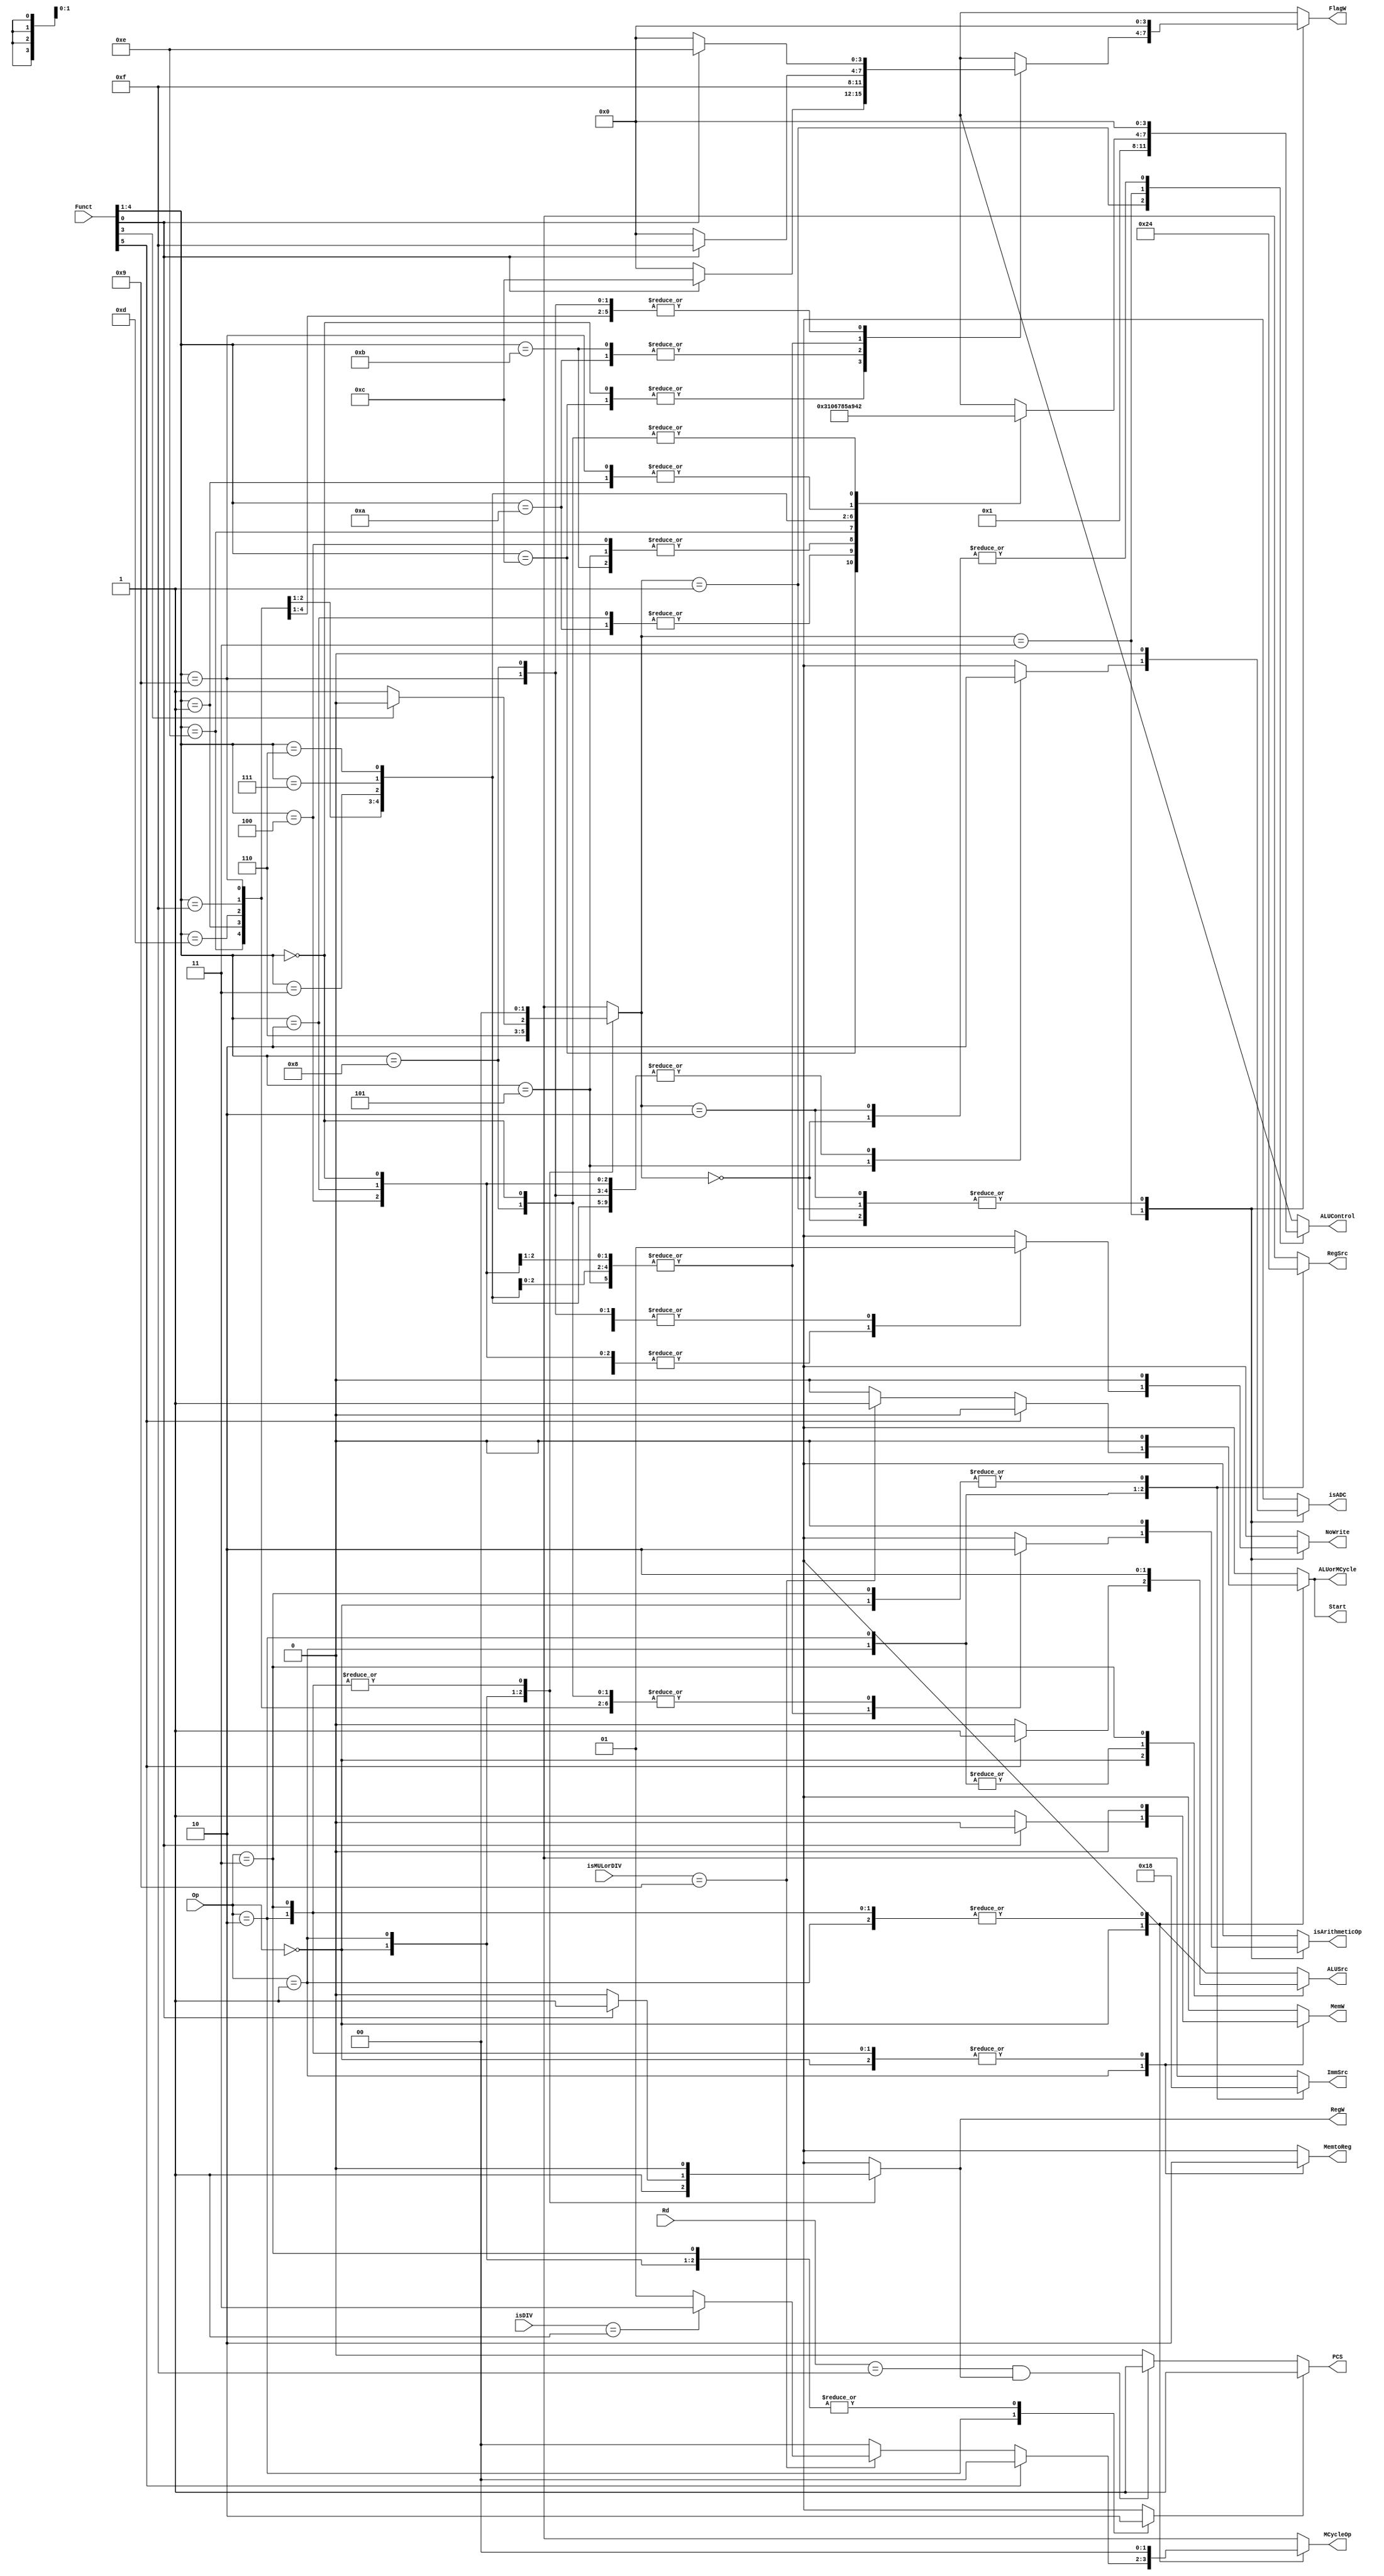
`timescale 1ns / 1ps
/*
----------------------------------------------------------------------------------
-- Company: NUS	
-- Engineer: (c) Shahzor Ahmad and Rajesh Panicker  
-- 
-- Create Date: 09/23/2015 06:49:10 PM
-- Module Name: Decoder
-- Project Name: CG3207 Project
-- Target Devices: Nexys 4 (Artix 7 100T)
-- Tool Versions: Vivado 2015.2
-- Description: Decoder Module
-- 
-- Dependencies: NIL
-- 
-- Revision:
-- Revision 0.01 - File Created
-- Additional Comments:
-- 
----------------------------------------------------------------------------------

----------------------------------------------------------------------------------
--	License terms :
--	You are free to use this code as long as you
--		(i) DO NOT post it on any public repository;
--		(ii) use it only for educational purposes;
--		(iii) accept the responsibility to ensure that your implementation does not violate any intellectual property of ARM Holdings or other entities.
--		(iv) accept that the program is provided "as is" without warranty of any kind or assurance regarding its suitability for any particular purpose;
--		(v)	acknowledge that the program was written based on the microarchitecture described in the book Digital Design and Computer Architecture, ARM Edition by Harris and Harris;
--		(vi) send an email to rajesh.panicker@ieee.org briefly mentioning its use (except when used for the course CG3207 at the National University of Singapore);
--		(vii) retain this notice in this file or any files derived from this.
----------------------------------------------------------------------------------
*/

module Decoder(
    input [3:0] Rd,
    input [1:0] Op,
    input [5:0] Funct,
    input [3:0] isMULorDIV,
    input [3:0] isDIV,
    output reg PCS = 1'b0,
    output reg RegW = 1'b0,
    output reg MemW = 1'b0,
    output reg MemtoReg = 1'b0,
    output reg ALUSrc = 1'b0,
    output reg [1:0] ImmSrc = 2'b00,
    output reg [1:0] RegSrc = 2'b00,
    output reg NoWrite = 1'b0,
    output reg [3:0] ALUControl = 4'b0000,
    output reg [3:0] FlagW = 4'b0000,
    output reg Start = 1'b0,
    output reg [1:0] MCycleOp = 2'b00,
    output reg ALUorMCycle = 1'b0,
    output reg isArithmeticOp = 1'b0,
    output reg isADC = 1'b0
    );
    
    wire [1:0] ALUOp;
    wire Branch;
    reg [1:0] ALUOp_toSend = 2'b00;
        // 00 -> non-DP, positive offset (also Branch)
        // 01 -> non-DP, negative offset
        // 10 -> not defined
        // 11 -> DP, ALU does addition/subtraction
    reg Branch_toSend = 1'b0;
    assign ALUOp = ALUOp_toSend;
    assign Branch = Branch_toSend;
   
    
    // Main Decoder Logic
    // Input = Op, Funct[5] (I bit), Funct[0] (DP S bit, Memory L bit), Funct[3] (Memory U bit)
    //         isMULorDIV[3:0] (Instr[7:4]), isDIV[3:0] (Instr[15:12])
    // Output = RegW, MemW, MemtoReg, ALUSrc, ImmSrc, RegSrc
    always @ (Op, Funct[5], Funct[0], Funct[3], isMULorDIV[3:0], isDIV[3:0]) begin
        MCycleOp[1:0] = 2'b00;  // stop inferring latch problem
        
        case (Op)
            2'b00 : begin
                        // assert must be DP Imm or DP Reg (with immediate shift)
                        // assert must be MUL or MLA (cannibalized as UDIV)
                        {Branch_toSend, MemtoReg, MemW} = 3'b000;
                        RegW = 1'b1;
                        ALUOp_toSend = 2'b11;
                        
                        if (Funct[5] == 0) begin
                            // assert must be DP Reg OR MUL/MLA
                            ALUSrc = 1'b0;
                            {ImmSrc, RegSrc} = 4'b0000;   // ImmSrc == XX for DP Reg
                            
                            if (isMULorDIV[3:0] == 4'b1001) begin
                                // assert must be MUL/MLA, which is also MULTICYCLE instruction
                                Start = 1'b1;
                                MCycleOp[1:0] = (isDIV[3:0] == 4'b0001) ? 2'b11 : 2'b01;
                                ALUorMCycle = 1'b1;
                            end else begin
                                // assert must be DP Reg
                                Start = 1'b0;
                                ALUorMCycle = 1'b0;
                            end     
                        end else begin
                            // assert DP Imm
                            ALUSrc = 1'b1;
                            {ImmSrc, RegSrc} = 4'b0000;   // RegSrc == X0 for DP Imm
                            Start = 1'b0;
                            ALUorMCycle = 1'b0;
                        end
                    end
                    
            2'b01 : begin
                        // assert must be STR or LDR (positive/negative immediate offset)
                        Branch_toSend = 1'b0;
                        {MemtoReg, ALUSrc} = 2'b11;   // MemtoReg == X for STR
                        ImmSrc = 2'b01;
                        RegSrc = 2'b10;               // RegSrc == X0 for LDR
                        Start = 1'b0;
                        ALUorMCycle = 1'b0;
                        
                        if (Funct[3] == 0) ALUOp_toSend = 2'b01;    // U-Bit == 0 means subtract unsigned offset
                            else ALUOp_toSend = 2'b00;              // U-Bit == 1 means add unsigned offset
                        
                        if (Funct[0] == 0) begin
                            // assert STR
                            MemW = 1'b1;
                            RegW = 1'b0;
                        end else begin
                            // assert LDR
                            MemW = 1'b0;
                            RegW = 1'b1;
                        end
                    end
                    
            2'b10 : begin
                        // assert must be Branch
                        {MemtoReg, MemW, RegW} = 3'b000;
                        ALUOp_toSend = 2'b00;
                        {Branch_toSend, ALUSrc} = 2'b11;
                        ImmSrc = 2'b10;
                        RegSrc = 2'b01;
                        Start = 1'b0;
                        ALUorMCycle = 1'b0;
                    end
                    
            2'b11 : begin
                        // assert must be invalid command (all output signals X)
                        {Branch_toSend, MemtoReg, MemW, ALUSrc, RegW, ALUOp_toSend} = 6'b000000;
                        {ImmSrc, RegSrc} = 2'b00;
                        Start = 1'b0;
                        ALUorMCycle = 1'b0;
                    end                                      
        endcase
    end
    
    
    // PC Logic
    // Input = Branch. RegW, Rd[3:0]
    // Output = PCS
    always @ (Branch, RegW, Rd[3:0]) begin
        if (Branch == 1'b0) begin
            if (Rd == 4'd15 && RegW == 1'b1) PCS = 1'b1; // PC is Rd for some instruction
            else PCS = 1'b0;                             // PC is not Rd for some instruction
        end else begin
            PCS = 1'b1;
        end
    end
    
    
    // ALU Decoder Logic
    // Input = ALUOp, Funct[4:0] (Funt[5] is I bit)
    // Output = ALUControl[3:0] and FlagW[3:0]
    always @ (ALUOp, Funct[4:0]) begin
        NoWrite = 1'b0;
        isArithmeticOp = 1'b0;
        isADC = 1'b0;
        
        case (ALUOp)
            2'b00 : begin
                        // assert must be positive offset STR/LDR (with unsigned offset)
                        // assert must be B (with signed offset)
                        ALUControl = 4'b0000;
                        FlagW = 4'b0000;
                    end
                    
            2'b01 : begin
                        // assert must be negative offset STR/LDR (with unsigned offset)
                        ALUControl = 4'b0001;
                        FlagW = 4'b0000;
                    end
                    
            2'b11 : begin
                        // assert must be DP instructions (positive/negative offset)
                        FlagW = Funct[0] ? 4'b1111 : 4'b0000;
                        
                        // - Funct[4:0] -> [cmd3] [cmd2] [cmd1] [cmd0] [S]
                        // - FlagW[3:0] -> [N] [Z] [C] [V]
                        case (Funct[4:1])   // Funct[4:1] == cmd (DP) or PUBW (Memory)
                            4'b0100 : begin // ADD or ADDS (sets NZCV flags)
                                          isArithmeticOp = 1'b1;                           
                                          ALUControl = 4'b0000;
                                          FlagW = (Funct[0] == 1'b1) ? 4'b1111 : 4'b0000;
                                      end
                            4'b0010 : begin // SUB or SUBS (sets NZCV flags)
                                          isArithmeticOp = 1'b1;
                                          ALUControl = 4'b0001; 
                                          FlagW = (Funct[0] == 1'b1) ? 4'b1111 : 4'b0000;
                                      end
                            4'b0000 : begin // AND or ANDS (affects C flags now)
                                          ALUControl = 4'b0010;
                                          FlagW = (Funct[0] == 1'b1) ? 4'b1100 : 4'b0000;
                                      end              
                            4'b1100 : begin // ORR or ORRS (affects C flags now)
                                          ALUControl = 4'b0011;
                                          FlagW = (Funct[0] == 1'b1) ? 4'b1100 : 4'b0000;
                                      end
                            4'b1010 : begin // CMP (sets NZCV flags)
                                          ALUControl = 4'b0001;
                                          FlagW = 4'b1111;
                                          NoWrite = 1'b1;
                                      end
                            4'b1011 : begin // CMN (sets NZCV flags)
                                          ALUControl = 4'b0000;
                                          FlagW = 4'b1111;
                                          NoWrite = 1'b1;
                                      end
                            4'b0101 : begin // ADC (sets NZCV flags)
                                          isArithmeticOp = 1'b1;
                                          isADC = 1'b1;
                                          ALUControl = 4'b0000;
                                          FlagW = (Funct[0] == 1'b1) ? 4'b1111 : 4'b0000;
                                      end
                            4'b1110 : begin // BIC (sets NZC flags)
                                          ALUControl = 4'b0110;
                                          FlagW = (Funct[0] == 1'b1) ? 4'b1110 : 4'b0000;
                                      end
                            4'b0001 : begin  // EOR (sets NZC flags)
                                          ALUControl = 4'b0100;
                                          FlagW = (Funct[0] == 1'b1) ? 4'b1110 : 4'b0000;               
                                      end
                            4'b1101 : begin  // MOV (sets NZC flags)
                                          ALUControl = 4'b0111;
                                          FlagW = (Funct[0] == 1'b1) ? 4'b1110 : 4'b0000;             
                                      end
                            4'b1111 : begin  // MVN (sets NZC flags)
                                          ALUControl = 4'b1000;
                                          FlagW = (Funct[0] == 1'b1) ? 4'b1110 : 4'b0000;           
                                      end
                            4'b0011 : begin  // RSB (sets NZCV flags)
                                          isArithmeticOp = 1'b1;
                                          ALUControl = 4'b0101;
                                          FlagW = (Funct[0] == 1'b1) ? 4'b1111 : 4'b0000;                        
                                      end
                            4'b0111: begin  // RSC (sets NZCV flags)
                                          isArithmeticOp = 1'b1;
                                          ALUControl = 4'b1010;
                                          FlagW = (Funct[0] == 1'b1) ? 4'b1111 : 4'b0000;  
                                     end
                            4'b0110: begin  // SBC (sets NZCV flags)
                                          isArithmeticOp = 1'b1;
                                          ALUControl = 4'b1001;
                                          FlagW = (Funct[0] == 1'b1) ? 4'b1111 : 4'b0000; 
                                     end
                            4'b1001: begin  // TEQ (does EOR and sets NZC flags) 
                                          ALUControl = 4'b0100;
                                          FlagW = (Funct[0] == 1'b1) ? 4'b1110 : 4'b0000;
                                          NoWrite = 1'b1;
                                     end
                            4'b1000: begin  // TST (does logical AND and sets NZC flags)
                                          ALUControl = 4'b0010;
                                          FlagW = (Funct[0] == 1'b1) ? 4'b1110 : 4'b0000;
                                          NoWrite = 1'b1;
                                     end 
                                                                                                                           
                            default : begin // undefined signals
                                          isArithmeticOp = 1'b0;
                                          ALUControl = 4'b0000;
                                          FlagW = 4'b0000;
                                      end
                        endcase
                    end
                    
            2'b10 : begin
                        // assert undefined
                        {ALUControl, NoWrite} = 5'b00000;
                        FlagW = 4'b0000;
                    end
        endcase            
    end
    
endmodule